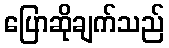
ပြောဆိုချက်သည်